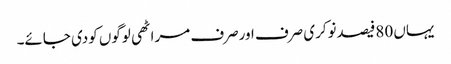
یہاں 80فیصدنوکری صرف اورصرف مراٹھی لوگوں کودی جائے۔